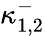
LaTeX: \kappa_{1,2}^{-}